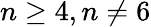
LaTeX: n\geq 4,n\neq 6